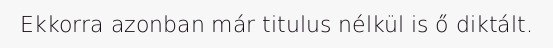
Ekkorra azonban már titulus nélkül is ő diktált.